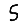
Digit: 5